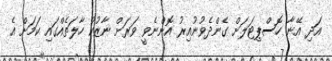
އަދި އޭނާ ހޮސްޕިޓަލަށް ގެންދެވުނުއިރު އޮންނެވީ ވަރަށް ނާޒުކު ހާލަތެއްގައި ކަމަށް އެ